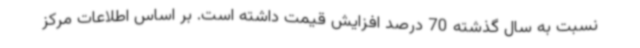
نسبت به سال گذشته 70 درصد افزایش قیمت داشته است. بر اساس اطلاعات مرکز